Report of the Indian Hemp Drugs Commission, 1894-1895 - Volume VI
Year: 1894
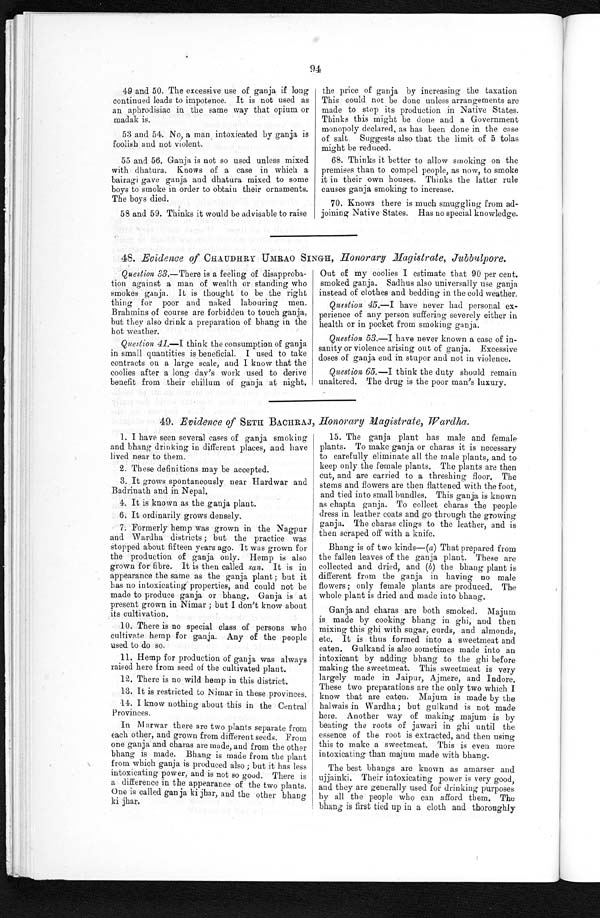
94
49 and 50. The excessive use of ganja if long
continued leads to impotence. It is not used as
an aphrodisiac in the same way that opium or
madak is.
53 and 54. No, a man intoxicated by ganja is
foolish and not violent.
55 and 56. Ganja is not so used unless mixed
with dhatura. Knows of a case in which a
bairagi gave ganja and dhatura mixed to some
boys to smoke in order to obtain their ornaments.
The boys died.
58 and 59. Thinks it would be advisable to raise
the price of ganja by increasing the taxation
This could not be done unless arrangements are
made to stop its production in Native States.
Thinks this might be done and a Government
monopoly declared, as has been done in the case
of salt. Suggests also that the limit of 5 tolas
might be reduced.
68. Thinks it better to allow smoking on the
premises than to compel people, as now, to smoke
it in their own houses. Thinks the latter rule
causes ganja smoking to increase.
70. Knows there is much smuggling from ad
- j o i n i n g N a t i v e S t a t e s . H a s n o s p e c i a l k n o w l e d g e .
48. Evidence of CHAUDHRY UMRAO SINGH, Honorary Magistrate, Jubbulpore.
Question 33.— There is a feeling of disapproba
- t i o n a g a i n s t a m a n o f w e a l t h o r s t a n d i n g w h o
smokes ganja. It is thought to be the right
thing for poor and naked labouring men.
Brahmins of course are forbidden to touch ganja,
but they also drink a preparation of bhang in the
hot weather.
Question 41.—I think the consumption of ganja
in small quantities is beneficial. I used to take
contracts on a large scale, and I know that the
coolies after a long day's work used to derive
benefit from their chillum of ganja at night.
Out of my coolies I estimate that 90 per cent.
smoked ganja. Sadhus also universally use ganja
instead of clothes and bedding in the cold weather.
Question 45.—I have never had personal ex
- p e r i e n c e o f a n y p e r s o n s u f f e r i n g s e v e r e l y e i t h e r i n
health or in pocket from smoking ganja.
Question 53.—I have never known a case of in
- s a n i t y o r v i o l e n c e a r i s i n g o u t o f g a n j a . E x c e s s i v e
doses of ganja end in stupor and not in violence.
Question 65.—I think the duty should remain
unaltered. The drug is the poor man's luxury.
49. Evidence of SETH BACHRAJ, Honorary Magistrate, Wardha.
1. I have seen several cases of ganja smoking
and bhang drinking in different places, and have
lived near to them.
2. These definitions may be accepted.
3. It grows spontaneously near Hardwar and
Badrinath and in Nepal.
4. It is known as the ganja plant.
6. It ordinarily grows densely.
7. Formerly hemp was grown in the Nagpur
and Wardha districts ; but the practice was
stopped about fifteen years ago. It was grown for
the production of ganja only. Hemp is also
grown for fibre. It is then called san. It is in
appearance the same as the ganja plant; but it
has no intoxicating properties, and could not be
made to produce ganja or bhang. Ganja is at
present grown in Nimar ; but I don't know about
its cultivation.
10.There is no special class of persons who
cultivate hemp for ganja. Any of the people
used to do so.
11.Hemp for production of ganja was always
raised here from seed of the cultivated plant.
12.There is no wild hemp in this district.
13.It is restricted to Nimar in these provinces.
14.I know nothing about this in the Central
Provinces.
In Marwar there are two plants separate from
each other, and grown from different seeds. From
one ganja and charas are made, and from the other
bhang is made. Bhang is made from the plant
from which ganja is produced also ; but it has less
intoxicating power, and is not so good. There is
a difference in the appearance of the two plants.
One is called ganja ki jhar, and the other bhang
ki jhar.
1 5 . T h e g a n j a p l a n t h a s m a l e a n d f e m a l e p l a n t s . T o m a k e g a n j a o r c h a r a s i t i s n e c e s s a r y
to carefully eliminate all the male plants, and to
keep only the female plants. The plants are then
cut, and are carried to a threshing floor. The
stems and flowers are then flattened with the foot,
and tied into small bundles. This ganja is known
as chapta ganja. To collect charas the people
dress in leather coats and go through the growing
ganja. The charas clings to the leather, and is
then scraped off with a knife.
Bhang is of two kinds—(a) That prepared from
the fallen leaves of the ganja plant. These are
collected and dried, and (b) the bhang plant is
different from the ganja in having no male
flowers; only female plants are produced. The
whole plant is dried and made into bhang.
Ganja and charas are both smoked. Majum
is made by cooking bhang in ghi, and then
mixing this ghi with sugar, curds, and almonds,
etc. It is thus formed into a sweetmeat and
eaten. Gulkand is also sometimes made into an
intoxicant by adding bhang to the ghi before
making the sweetmeat. This sweetmeat is very
largely made in Jaipur, Ajmere, and indore.
These two preparations are the only two which I
know that are eaten. Majum is made by the
halwais in Wardha.; but gulkand is not made
here. Another way of making majum is by
beating the roots of jawari in ghi until the
essence of the root is extracted, and then using
this to make a sweetmeat. This is even more
intoxicating than majum made with bhang.
The best bhangs are known as amarser and
ujjainki. Their intoxicating power is very good,
and they are generally used for drinking purposes
by all the people who can afford them. The
bhang is first tied up in a cloth and thoroughly